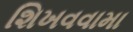
શિખવવામા